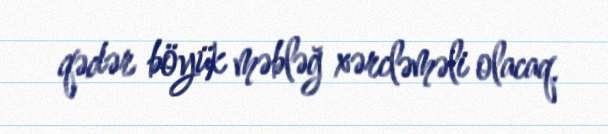
qədər böyük məbləğ xərcləməli olacaq.